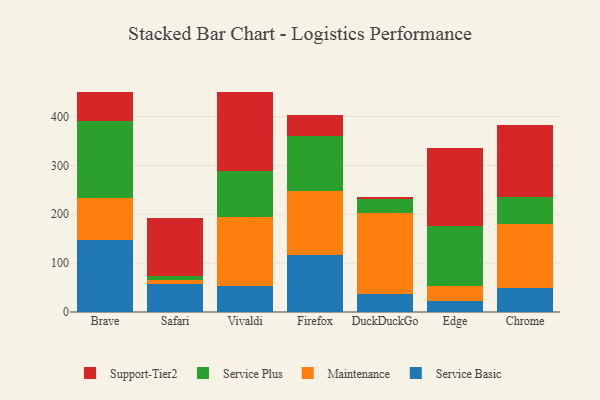
{"axis": {"x": "Browser", "y": "Budget (USD K)"}, "legend": ["Maintenance", "Service Basic", "Service Plus", "Support-Tier2"], "data": [{"x": "Brave", "y": 146.4, "type": "Service Basic"}, {"x": "Brave", "y": 86.2, "type": "Maintenance"}, {"x": "Brave", "y": 157.6, "type": "Service Plus"}, {"x": "Brave", "y": 59.3, "type": "Support-Tier2"}, {"x": "Safari", "y": 57.7, "type": "Service Basic"}, {"x": "Safari", "y": 8.4, "type": "Maintenance"}, {"x": "Safari", "y": 7.5, "type": "Service Plus"}, {"x": "Safari", "y": 119.1, "type": "Support-Tier2"}, {"x": "Vivaldi", "y": 53.6, "type": "Service Basic"}, {"x": "Vivaldi", "y": 141.0, "type": "Maintenance"}, {"x": "Vivaldi", "y": 93.8, "type": "Service Plus"}, {"x": "Vivaldi", "y": 162.6, "type": "Support-Tier2"}, {"x": "Firefox", "y": 115.9, "type": "Service Basic"}, {"x": "Firefox", "y": 131.6, "type": "Maintenance"}, {"x": "Firefox", "y": 112.5, "type": "Service Plus"}, {"x": "Firefox", "y": 43.8, "type": "Support-Tier2"}, {"x": "DuckDuckGo", "y": 36.3, "type": "Service Basic"}, {"x": "DuckDuckGo", "y": 165.6, "type": "Maintenance"}, {"x": "DuckDuckGo", "y": 28.6, "type": "Service Plus"}, {"x": "DuckDuckGo", "y": 5.2, "type": "Support-Tier2"}, {"x": "Edge", "y": 22.9, "type": "Service Basic"}, {"x": "Edge", "y": 29.4, "type": "Maintenance"}, {"x": "Edge", "y": 124.2, "type": "Service Plus"}, {"x": "Edge", "y": 158.8, "type": "Support-Tier2"}, {"x": "Chrome", "y": 48.1, "type": "Service Basic"}, {"x": "Chrome", "y": 131.2, "type": "Maintenance"}, {"x": "Chrome", "y": 55.4, "type": "Service Plus"}, {"x": "Chrome", "y": 147.3, "type": "Support-Tier2"}]}